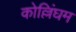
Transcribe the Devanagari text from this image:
कोल्लिंघम